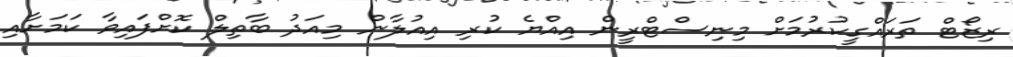
ރިޒޯޓް ތަރައްގީކުރުމަށް މިނިސްޓްރީން އިއްޔެ ކުރި އިއުލާން މިއަދު ބާތިލް ކޮށްފައިވާ ކަމަށާއި